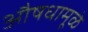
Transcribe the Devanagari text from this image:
औषधामूळे